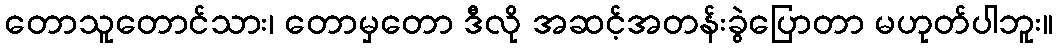
တောသူတောင်သား၊ တောမှတော ဒီလို အဆင့်အတန်းခွဲပြောတာ မဟုတ်ပါဘူး။